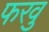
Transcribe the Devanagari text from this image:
फरवु